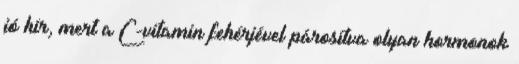
jó hír, mert a C-vitamin fehérjével párosítva olyan hormonok